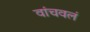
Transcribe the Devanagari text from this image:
वांचवलं